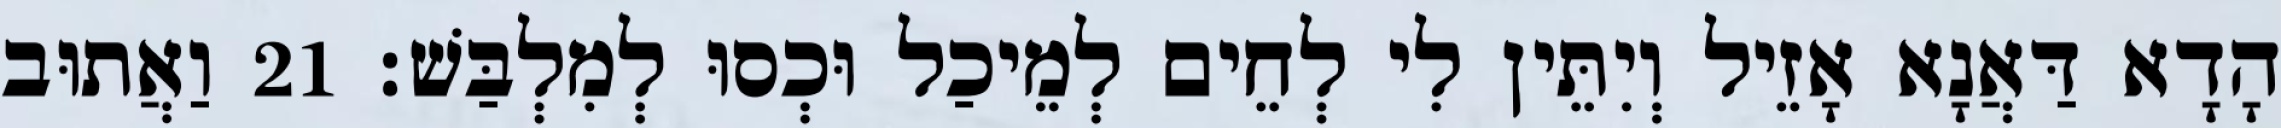
הָדָא דַּאֲנָא אָזֵיל וְיִתֵּין לִי לְחֵים לְמֵיכַל וּכְסוּ לְמִלְבַּשׁ׃ 21 וַאֲתוּב